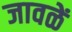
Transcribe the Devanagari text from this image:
जावळें